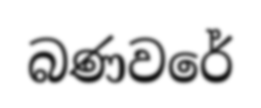
බණවරේ